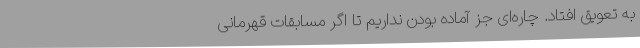
به تعویق افتاد. چاره‌ای جز آماده بودن نداریم تا اگر مسابقات قهرمانی